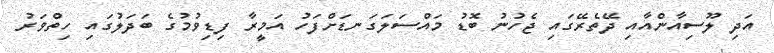
އަދި ލޫސިއާންއާއި ދޭތެރޭގައި ޖެހުނު ބޮޑު މައްސަލަގަނޑަށްފަހު އަމީރާ ފިޑިވުމުގެ ބަދަލުގައި ހިތްވަރު